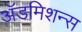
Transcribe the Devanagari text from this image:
अॅडमिशन्स